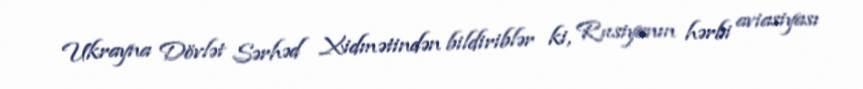
Ukrayna Dövlət Sərhəd Xidmətindən bildiriblər ki, Rusiyanın hərbi aviasiyası